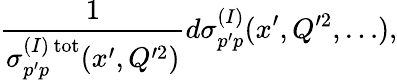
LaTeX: \frac{1}{\sigma_{p^{\prime}p}^{(I)\, \mathrm{tot}}(x^{\prime},Q^{\prime 2})}d\sigma_{p^{\prime}p}^{(I)}(x^{\prime},Q^{\prime 2},\ldots),